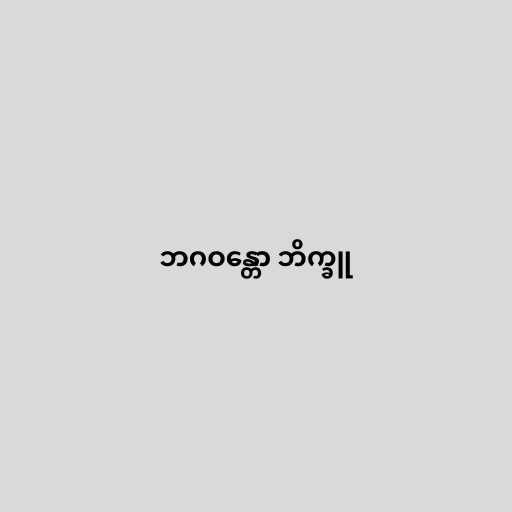
ဘဂဝန္တော ဘိက္ခူ